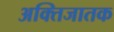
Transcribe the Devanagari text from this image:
अक्तिजातक